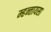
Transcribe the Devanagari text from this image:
म्हन्तायसा